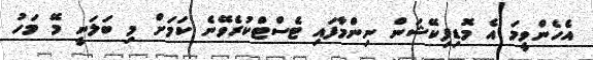
އެހެންވީމަ އެ މޮޑިފިކޭޝަން ނިންމާފައި ޓެސްޓްކުރެވޭނެ ކަމަށް މި ބަލަނީ މޭ މަހު